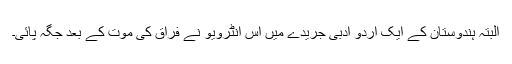
البتہ ہندوستان کے ایک اردو ادبی جریدے میں اس انٹرویو نے فراق کی موت کے بعد جگہ پائی۔